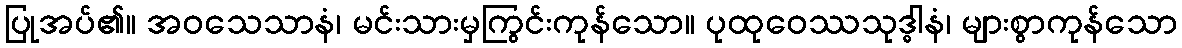
ပြုအပ်၏။ အဝသေသာနံ၊ မင်းသားမှကြွင်းကုန်သော။ ပုထုဝေဿသုဒ္ဓါနံ၊ များစွာကုန်သော